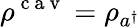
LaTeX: \rho^{\mathrm{~c~a~v~}}=\rho_{a^{\dagger}}